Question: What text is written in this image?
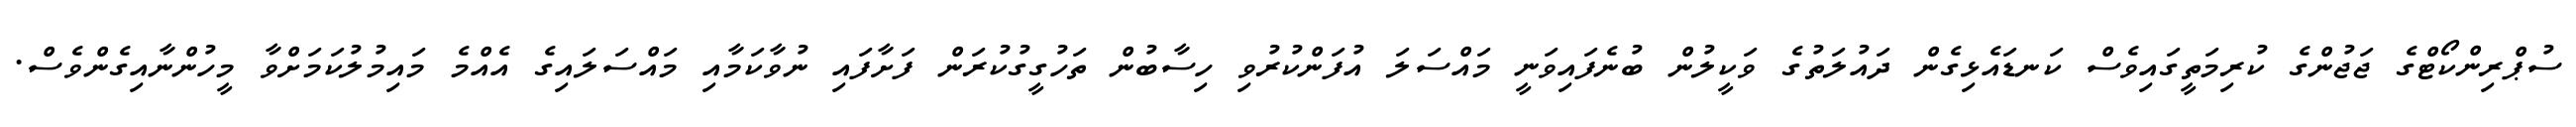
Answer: ސުޕްރިންކޯޓްގެ ޖަޖުންގެ ކުރިމަތީގައިވެސް ކަނޑައެޅިގެން ދައުލަތުގެ ވަކީލުން ބުނެފައިވަނީ މައްސަލަ އުފަންކުރުވި ހިސާބުން ތަހުގީގުކުރަން ފަށާފައި ނުވާކަމާއި މައްސަލައިގެ އެއްމެ މައިމުލުކަމަށްވާ މީހުންނާއިގެންވެސް.